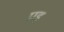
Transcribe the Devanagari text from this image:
प्रड़